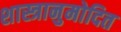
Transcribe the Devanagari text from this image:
शास्त्रानुमोदित